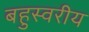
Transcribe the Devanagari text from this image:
बहुस्वरीय